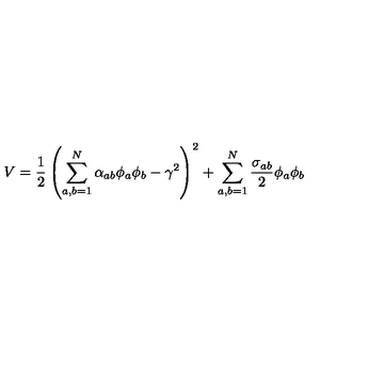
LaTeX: V = \frac { 1 } { 2 } \left( \sum _ { a , b = 1 } ^ { N } \alpha _ { a b } \phi _ { a } \phi _ { b } - \gamma ^ { 2 } \right) ^ { 2 } + \sum _ { a , b = 1 } ^ { N } \frac { \sigma _ { a b } } { 2 } \phi _ { a } \phi _ { b }